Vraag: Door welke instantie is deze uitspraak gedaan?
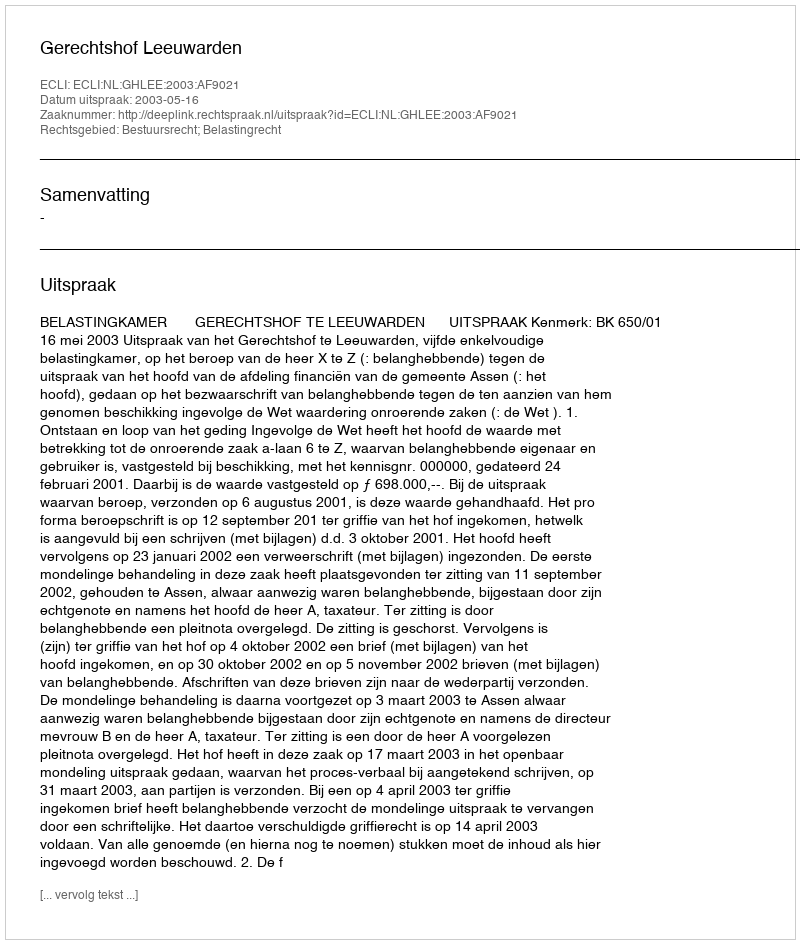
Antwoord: Gerechtshof Leeuwarden